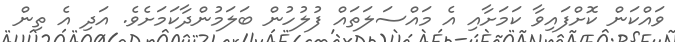
ވައްކަން ކޮށްފައިވާ ކަމަށާއި އެ މައްސަލަތައް ފުލުހުން ބަލަމުންދާކަމަށެވެ. އަދި އެ ތިން